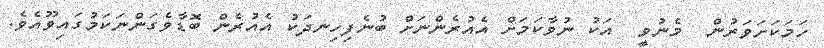
ހަމަކަށަވަރުން  މެނުވީ  އަކު ނުވާކަމަށް އެއުރެންނަށް ބުނެފިހިނދަކު އެއުރެން ބޮޑާވެގަންނަކަމުގައިވޫއެވެ.